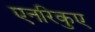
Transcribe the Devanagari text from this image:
एनरिकुए